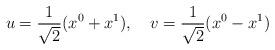
LaTeX: \begin{align*}u=\frac 1{\sqrt{2}}(x^0+x^1),\quad v=\frac 1{\sqrt{2}}(x^0-x^1)\end{align*}